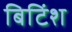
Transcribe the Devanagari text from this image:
बिटिंश